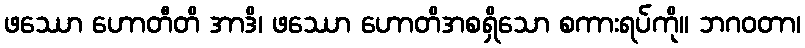
ဖဿော ဟောတီတိ အာဒိ၊ ဖဿော ဟောတိအစရှိသော စကားရပ်ကို။ ဘဂဝတာ၊